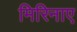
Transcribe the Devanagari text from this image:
मिरिनाए